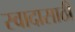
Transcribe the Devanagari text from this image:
स्वादासाठी